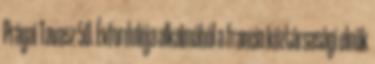
Prágai Tavasz 50. Évfordulója alkalmából a francia köztársasági elnök